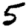
Digit: 5